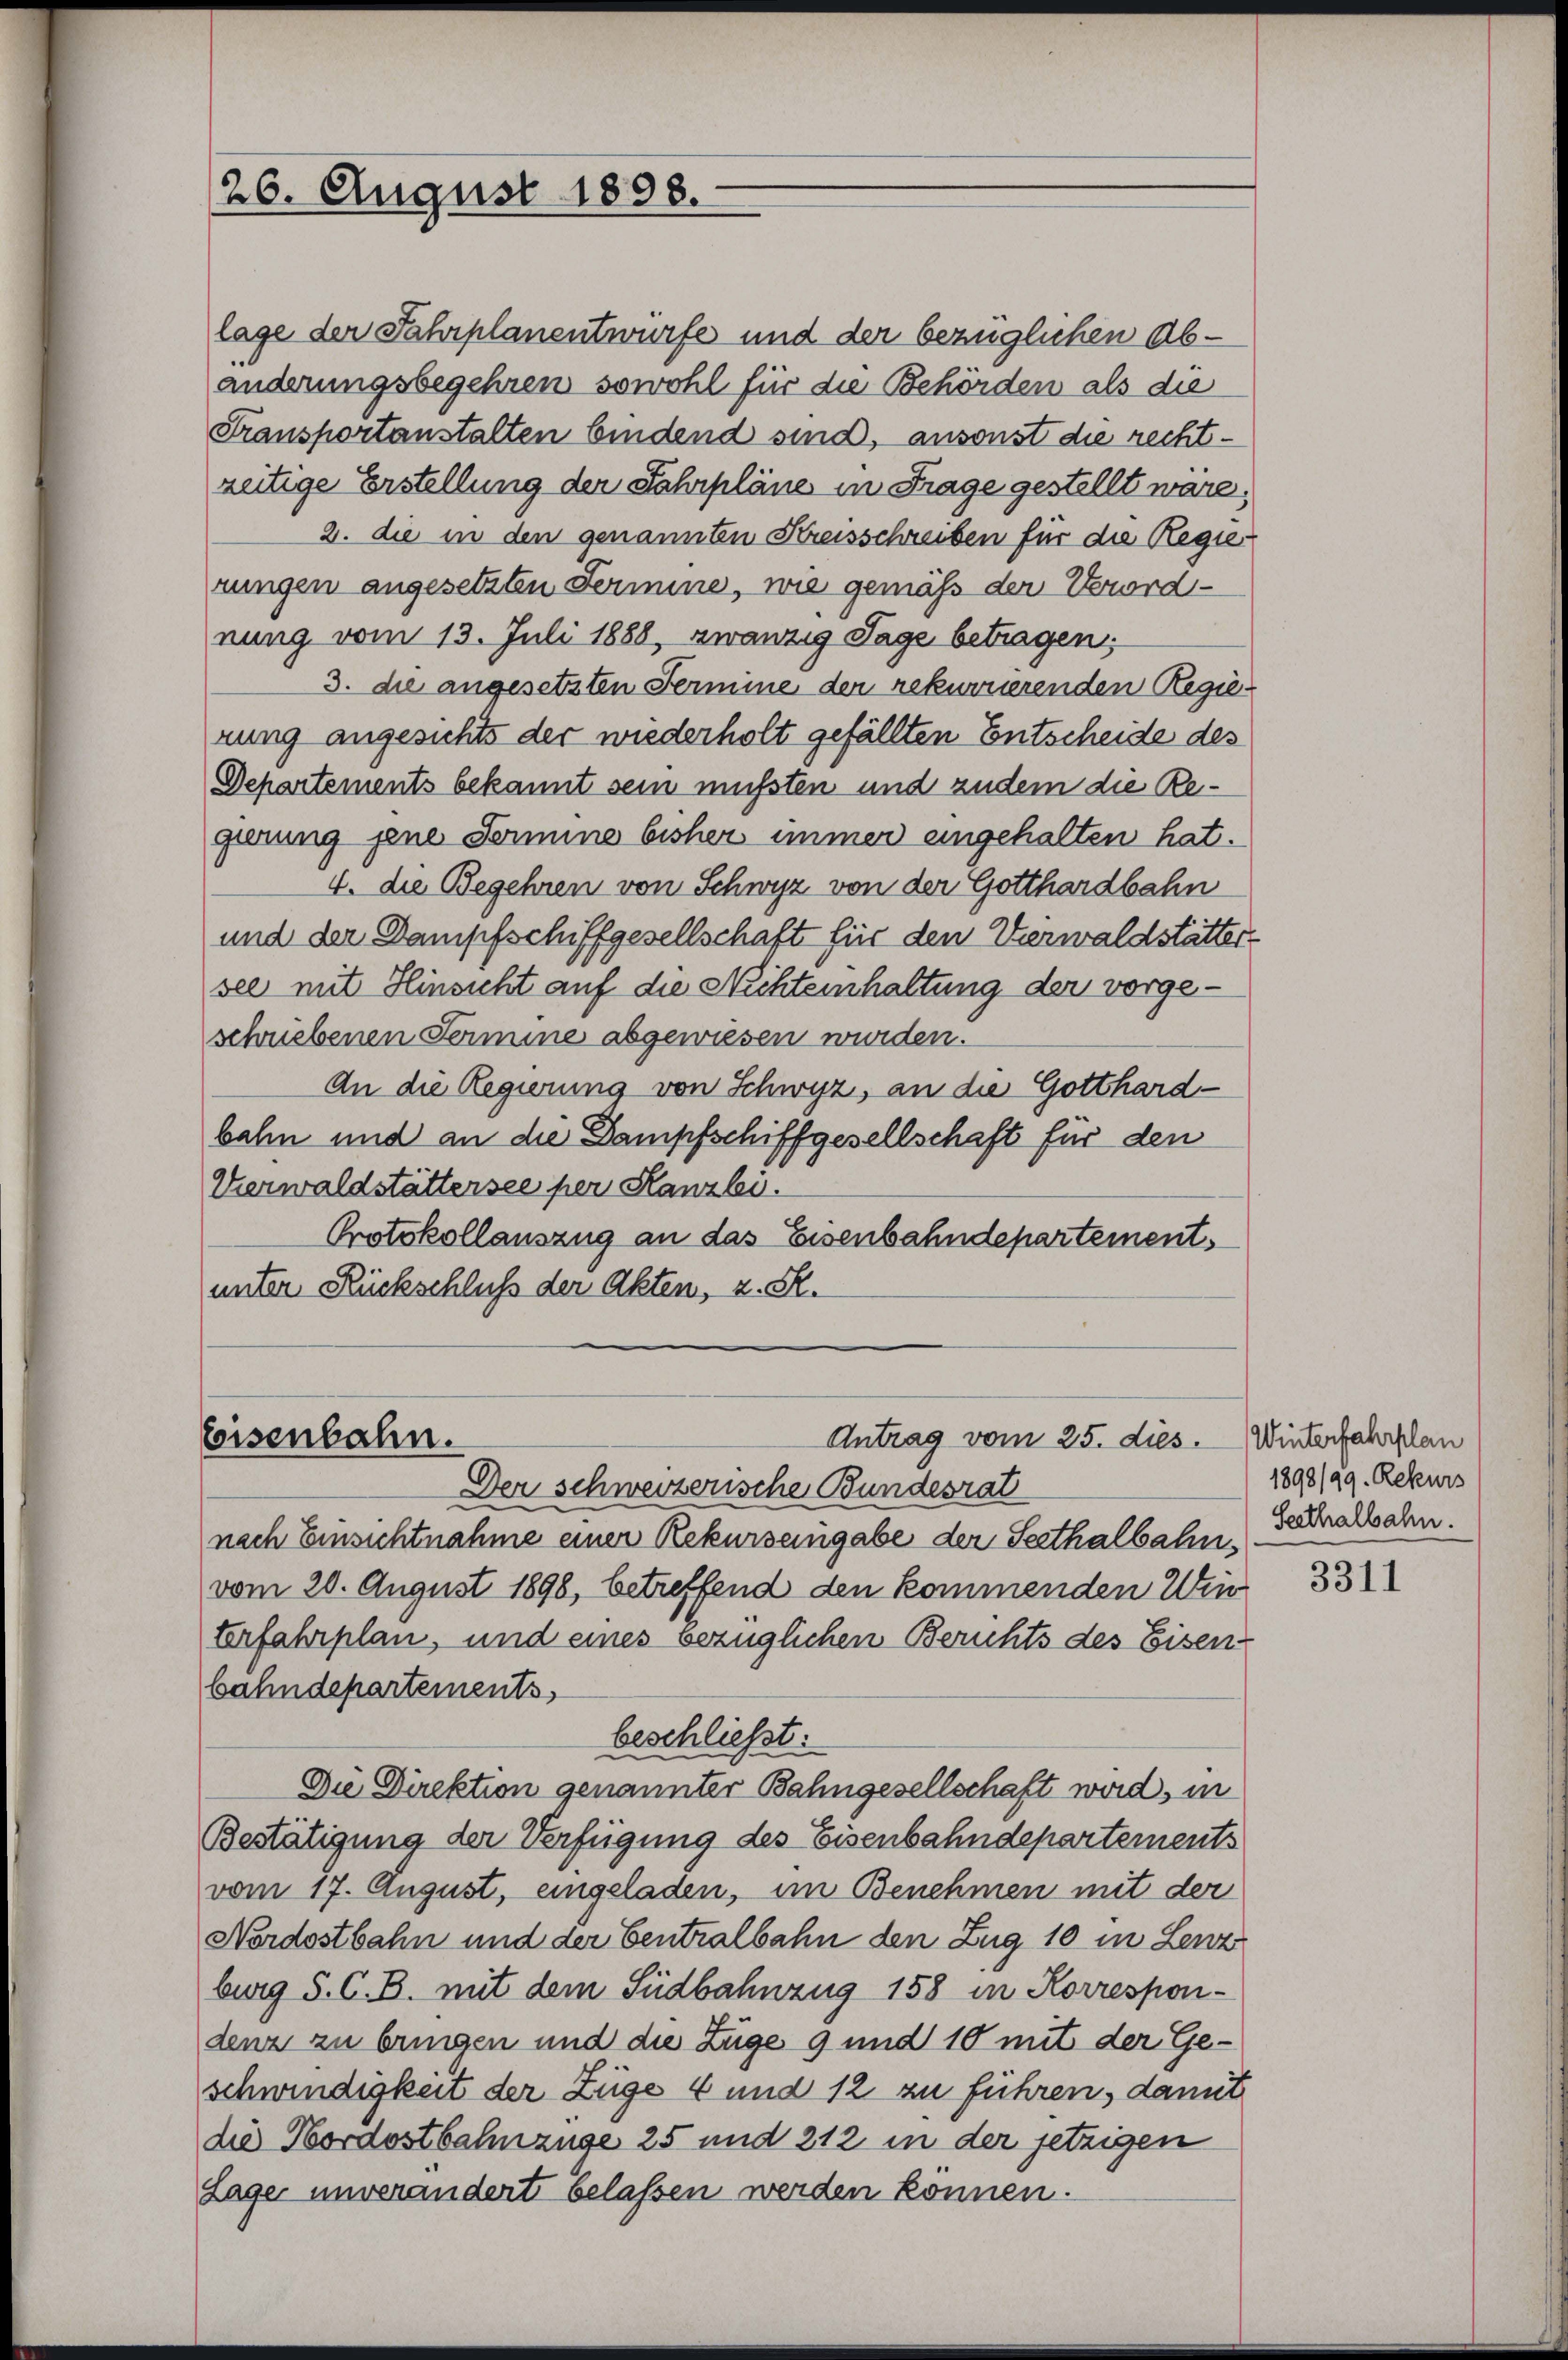
26. August 1898.

Eisenbahn.

lage der Fahrplanentwurfe und der bezüglichen Abänderungsbegehren sowohl für die Behörden als die
Transportanstalten bindend sind, ansonst die rechtzeitige Erstellung der Fahrpläne in Frage gestellt wäre,
2. die in den genannten Kreisschreiben für die Regierungen angesetzten Fermine, wie gemäß der Verordnung vom 13. Juli 1888, zwanzig Tage betragen.
3. die angesetzten Fermine der rekurrierenden Regierung angesichts der wiederholt gefällten Entscheide des
Departements bekannt sein mußten und zudem die Regierung jene Fermine bisher immer eingehalten hat.
4. die Begehren von Schwyz von der Gotthardbahn
und der Dampfschiffgesellschaft für den Verwaldstätter-
see mit Hinsicht auf die Nichteinhaltung der vorgeschriebenen Termine abgewiesen wurden.
An die Regierung von Schwyz, an die Gotthard-
bahn und an die Dampfschiffgesellschaft für den
Verwaldstättersee per Kanzlei.
Protokollauszug an das Eisenbahndepartements
unter Rückschluß der Akten, z. R.

Antrag vom 25. dies.

Der schweizerische Bundesrat
nach Einsichtnahme einer Rekurs eingabe der Seethalbahn,
vom 20. August 1898, betreffend den kommenden Uti
terfahrplan, und eines bezüglichen Berichts des Eisen-
bahndepartements
beschließt:
Die Direktion genannter Bahngesellschaft wird, in
Bestätigung der Verfügung des Eisenbahndepartements
vom 17. August, eingeladen, im Benehmen mit der
Nordostbahn und der Centralbahn den Zug 10 in Lenz
burg S. C. B. mit dem Südbahnzug 158 in Korrespondenz zu bringen und die Zuge 9 und 10 mit der Geschwindigkeit der Züge 4 und 12 zu führen, damit
die Nordostbahnzüge 25 und 212 in der jetzigen
Lager unverändert belassen werden können.

Winterfahrplan
1898/99. Rekurs
Seethalbahn.

3311